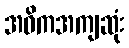
အဓိကအကျဆုံး